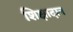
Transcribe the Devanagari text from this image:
शिक्षादान